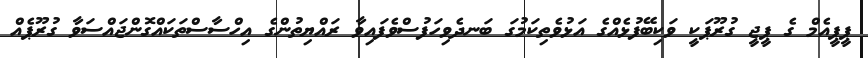
ޕީޕީއެމް ގެ ޕީޖީ ގުރޫޕަކީ ވަކިބޭފުޅެއްގެ އަޅުވެތިކަމުގަ ބަނދެވިހަފުސްވެފައިވާ ރައްޔިތުންގެ އިހްސާސްތަކައްގޮންޖައްސަވާ ގުރޫޕެއް